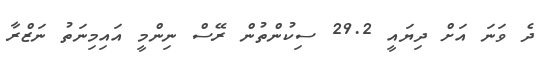
ދެ ވަނަ އަށް ދިޔައީ 29.2 ސިކުންތުން ރޭސް ނިންމީ އައިމިނަތު ނަޒްރާ